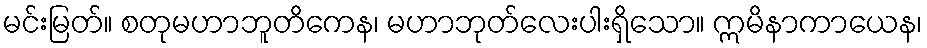
မင်းမြတ်။ စတုမဟာဘူတိကေန၊ မဟာဘုတ်လေးပါးရှိသော။ ဣမိနာကာယေန၊